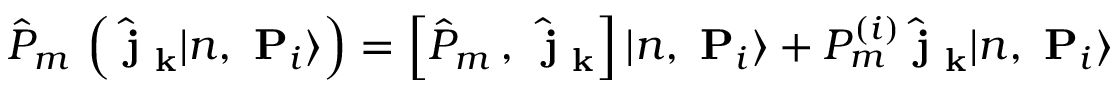
\hat { P } _ { m } \, \left( \hat { \mathrm { \bf ~ j } } _ { \mathrm { \bf ~ k } } | n , \mathrm { \bf ~ P } _ { i } \rangle \right) = \left[ \hat { P } _ { m } \, , \, \hat { \mathrm { \bf ~ j } } _ { \mathrm { \bf ~ k } } \right] | n , \mathrm { \bf ~ P } _ { i } \rangle + P _ { m } ^ { ( i ) } \hat { \mathrm { \bf ~ j } } _ { \mathrm { \bf ~ k } } | n , \mathrm { \bf ~ P } _ { i } \rangle